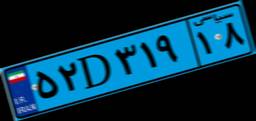
۵۲D۳۱۹۱۸